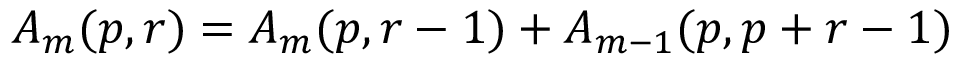
A _ { m } ( p , r ) = A _ { m } ( p , r - 1 ) + A _ { m - 1 } ( p , p + r - 1 )